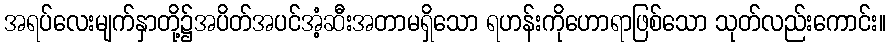
အရပ်လေးမျက်နှာတို့၌အပိတ်အပင်အံ့ဆီးအတာမရှိသော ရဟန်းကိုဟောရာဖြစ်သော သုတ်လည်းကောင်း။